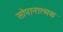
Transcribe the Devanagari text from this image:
सोपानात्मक